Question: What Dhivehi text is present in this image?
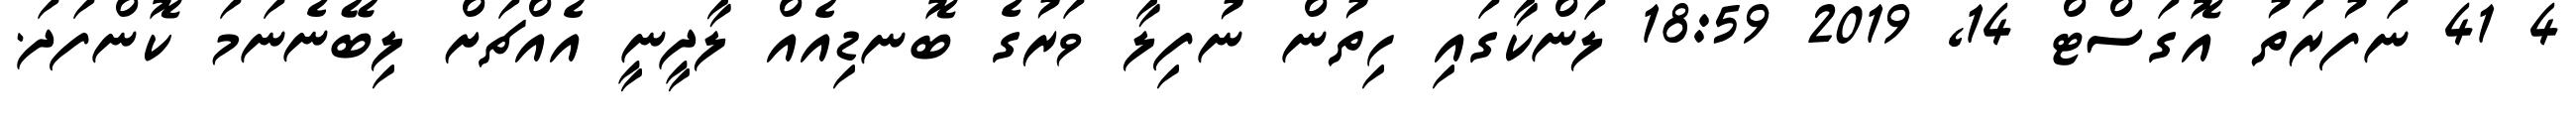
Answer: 4 41 ނަފުރަތު އޮގަސްޓް 14, 2019 18:59 ލަންކާގައި ހިތުން ނުފިލާ ވަރުގެ ބޮނޑިއެއް ލާދީނީ އެއްޗަށް ލިބޭނެނަމަ ކޮންފަދަ.